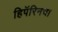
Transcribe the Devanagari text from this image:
हिपॅरिनचा